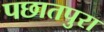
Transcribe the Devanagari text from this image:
पछातपुरा